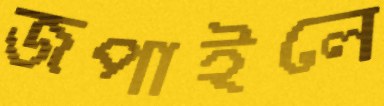
জপাইলে